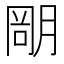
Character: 𣎁